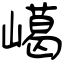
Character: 嶱